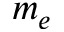
m _ { e }